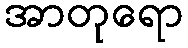
အာတုရော